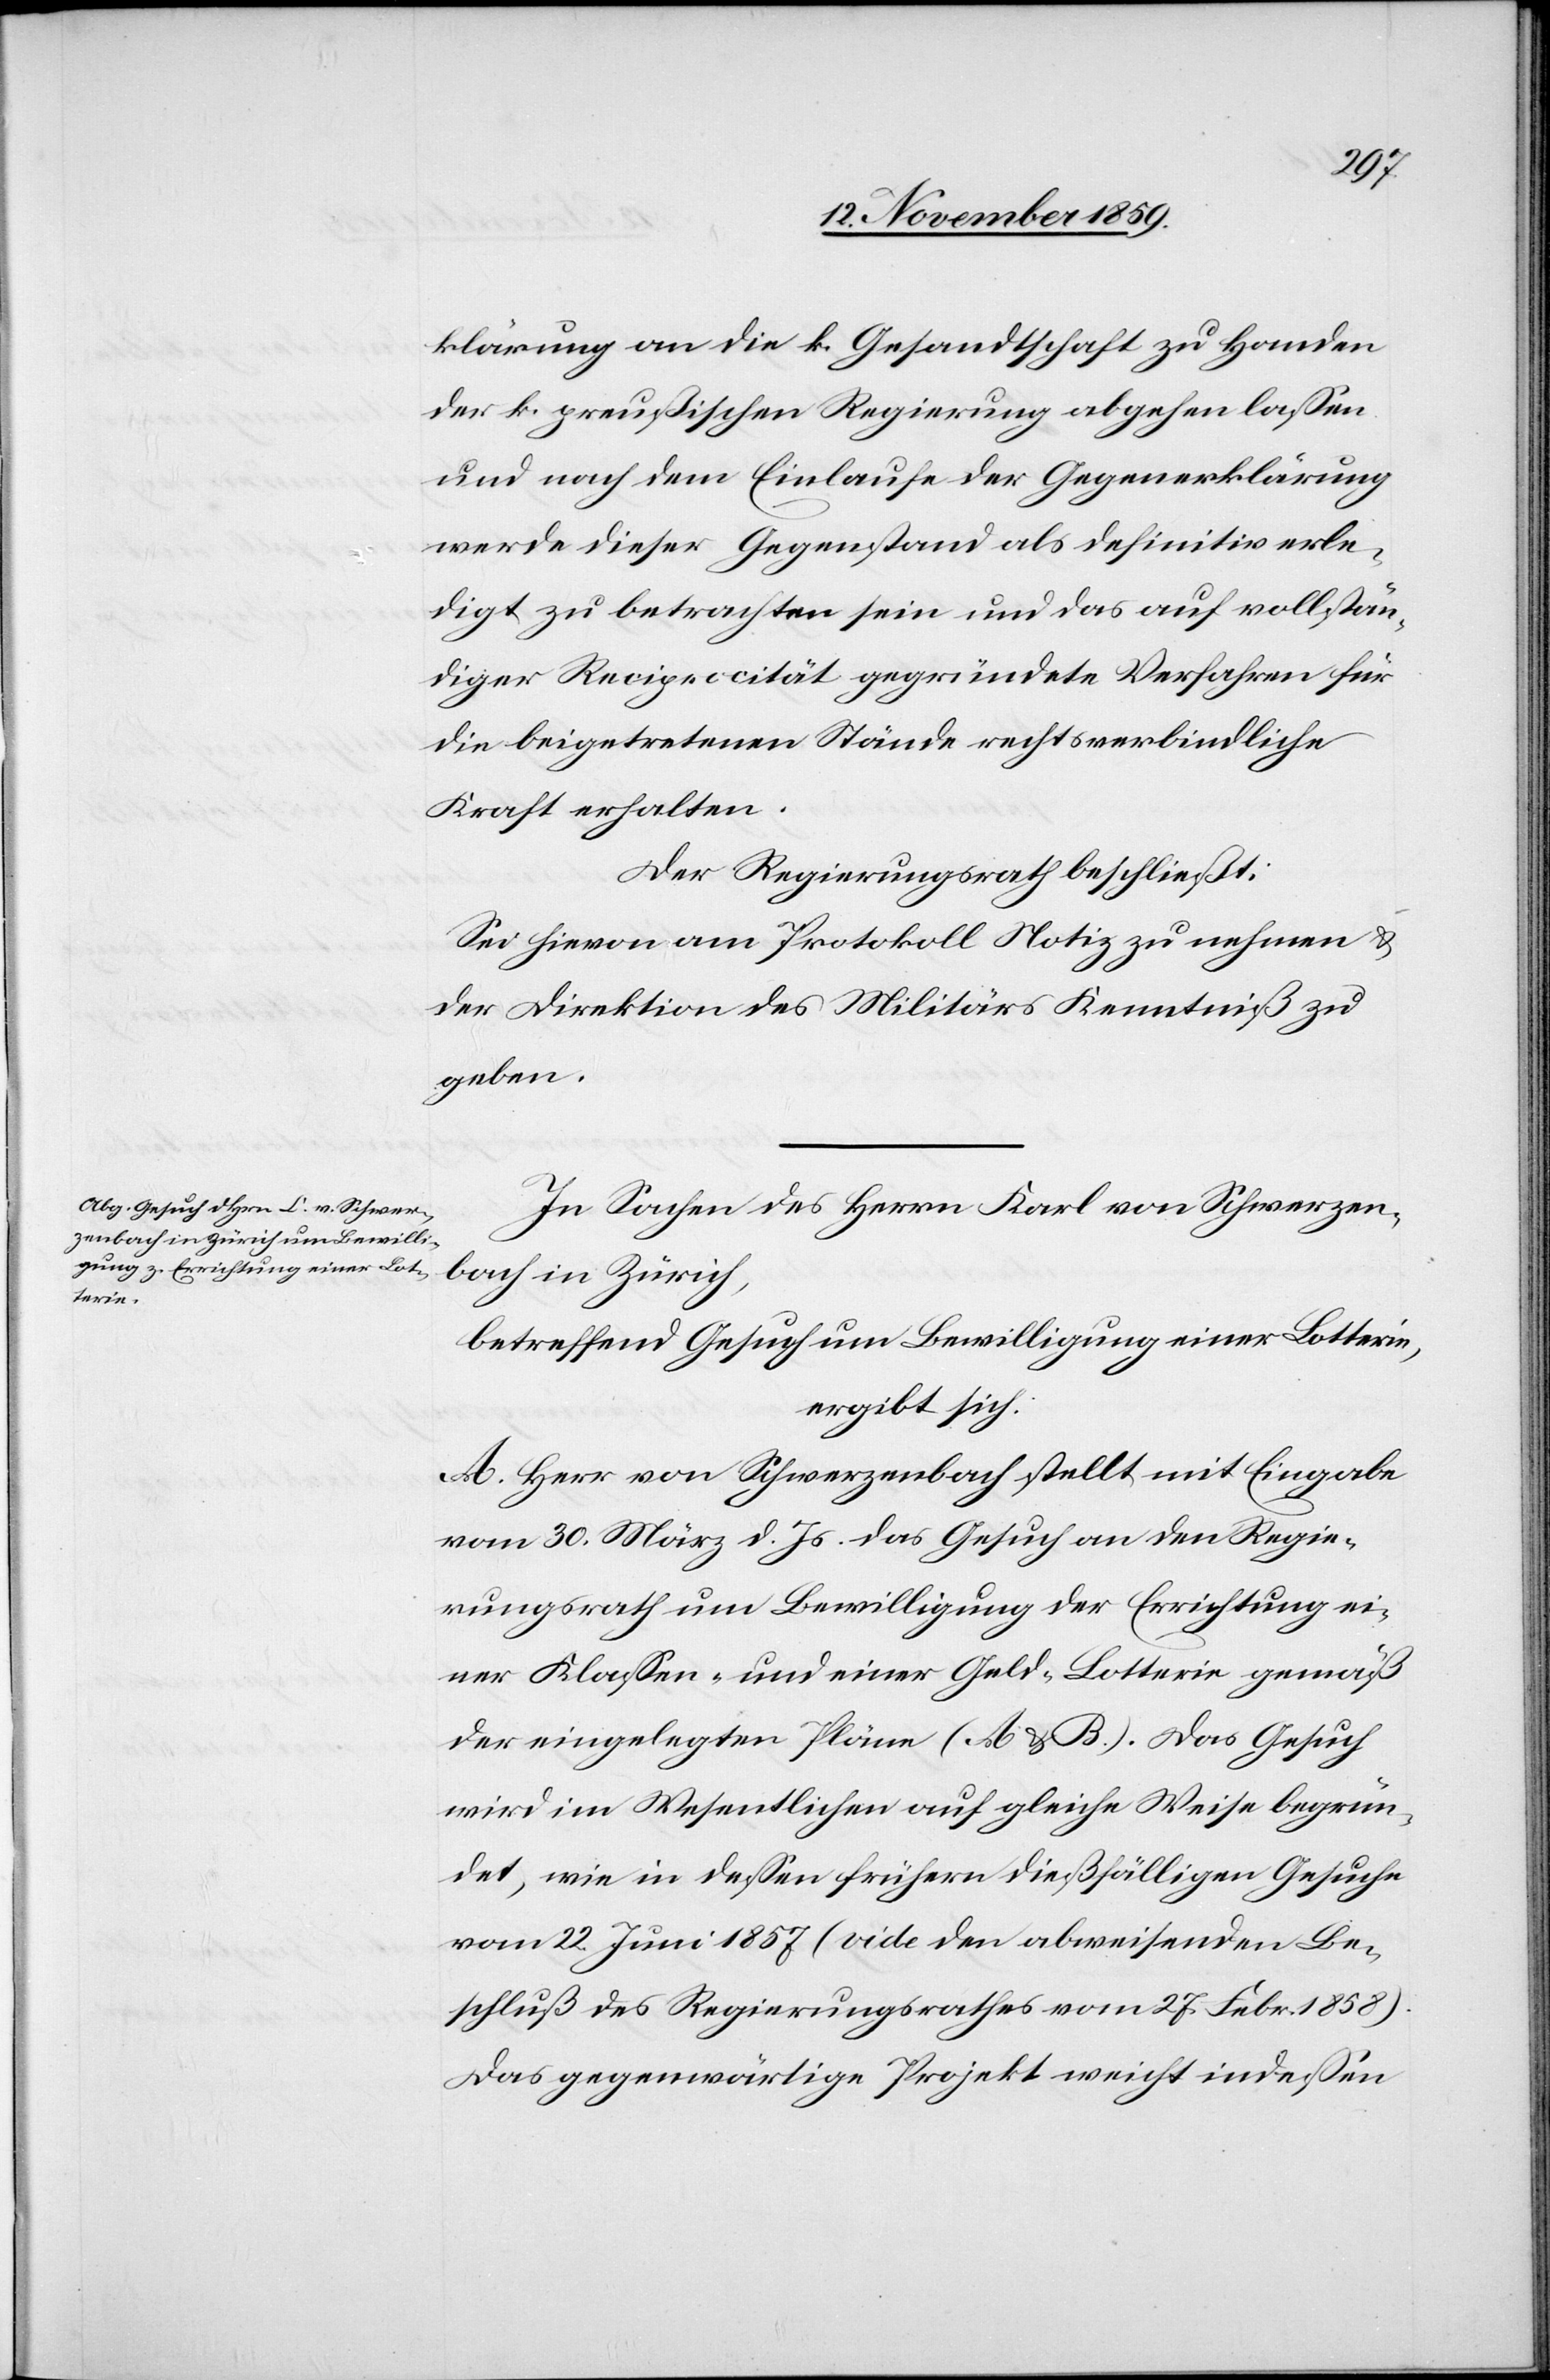
klärung an die k. Gesandtschaft zu Handen
der k. preußischen Regierung abgehen lassen
und nach dem Einlaufe der Gegenerklärung
werde dieser Gegenstand als definitiv erle¬
digt zu betrachten sein und das auf vollstän¬
diger Reciprocität gegründete Verfahren für
die beigetretenen Stände rechtsverbindlich
Kraft erhalten.
Der Regierungsrath beschließt:
Sei hievon am Protokoll Notiz zu nehmen &
der Direktion des Militärs Kenntniß zu
geben.
In Sachen des Herrn Karl [sic!] von Schwarzen¬
bach in Zürich,
betreffend Gesuch um Bewilligung einer Lotterie,
ergibt sich:
A. Herr von Schwarzenbach stellt mit Eingabe
vom 30. März d. Js. das Gesuch an den Regie¬
rungsrath um Bewilligung der Errichtung ei¬
ner Klassen- und einer Gold-Lotterie gemäß
der eingelegten Pläne (A & B). Das Gesuch
wird im Wesentlichen auf gleiche Weise begrün¬
det, wie in dessen frühere dießfälligen Gesuche
vom 22. Juni 1857 (vide den abweisenden Be¬
schluß des Regierungsrathes vom 27. Febr. 1858).
Das gegenwärtige Projekt weicht indessen